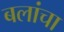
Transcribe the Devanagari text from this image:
बलांचा